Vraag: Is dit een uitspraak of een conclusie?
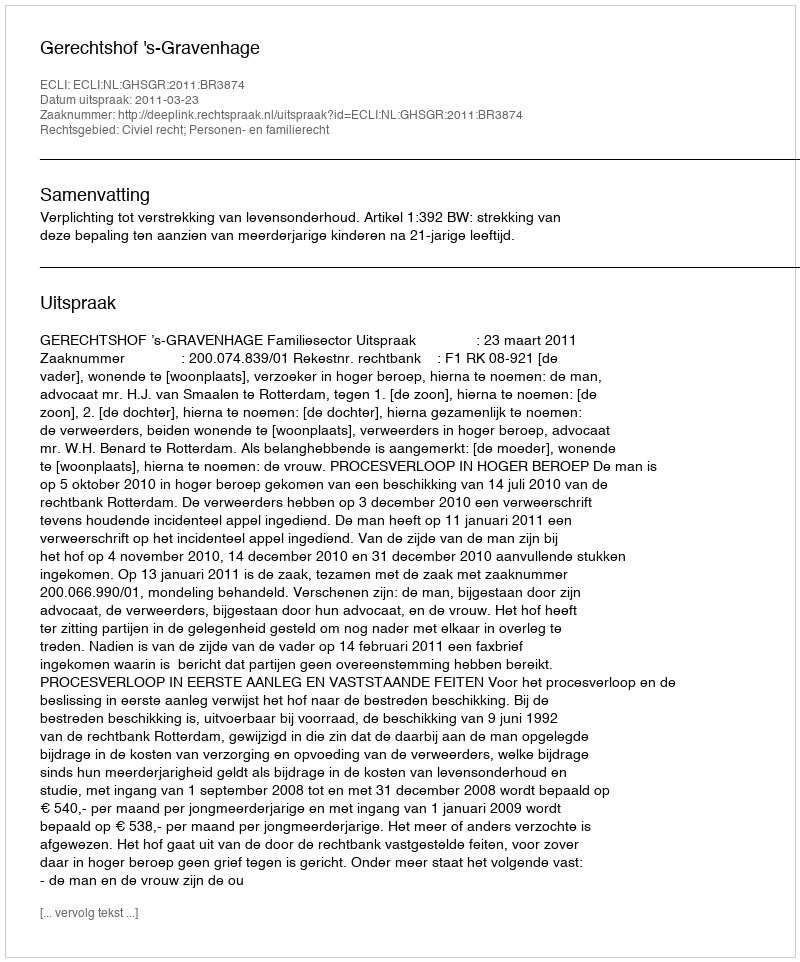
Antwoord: Uitspraak